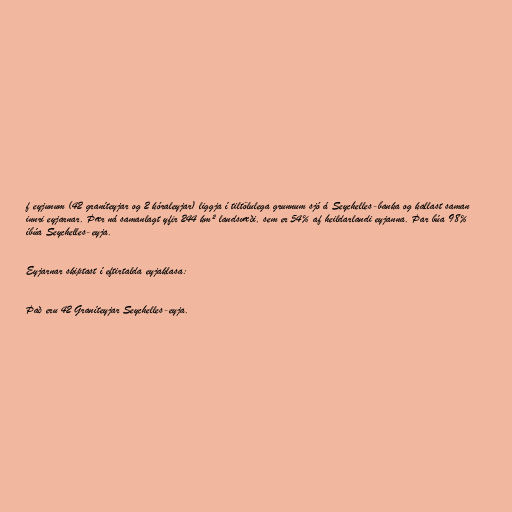
f eyjunum (42 graníteyjar og 2 kóraleyjar) liggja í tiltölulega grunnum sjó á Seychelles-banka og kallast saman
innri eyjarnar. Þær ná samanlagt yfir 244 km² landsvæði, sem er 54% af heildarlandi eyjanna. Þar búa 98%
íbúa Seychelles-eyja.

Eyjarnar skiptast í eftirtalda eyjaklasa:

Það eru 42 Graníteyjar Seychelles-eyja.